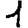
Digit: 1